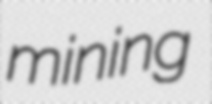
mining